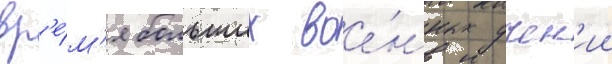
вр'е́м'я больших вое́нных учен'ии